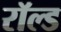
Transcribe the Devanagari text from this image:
रॉल्‍ड